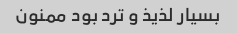
بسیار لذیذ و ترد بود ممنون